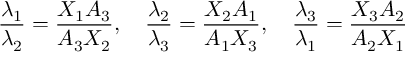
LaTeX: { \frac { \lambda _ { 1 } } { \lambda _ { 2 } } } = { \frac { X _ { 1 } A _ { 3 } } { A _ { 3 } X _ { 2 } } } , \quad { \frac { \lambda _ { 2 } } { \lambda _ { 3 } } } = { \frac { X _ { 2 } A _ { 1 } } { A _ { 1 } X _ { 3 } } } , \quad { \frac { \lambda _ { 3 } } { \lambda _ { 1 } } } = { \frac { X _ { 3 } A _ { 2 } } { A _ { 2 } X _ { 1 } } }